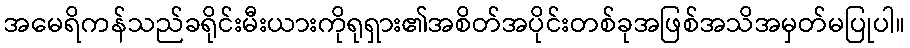
အမေရိကန်သည်ခရိုင်းမီးယားကိုရုရှား၏အစိတ်အပိုင်းတစ်ခုအဖြစ်အသိအမှတ်မပြုပါ။